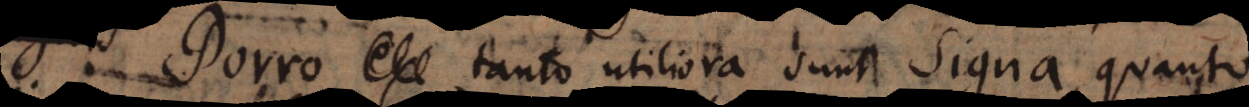
Porro tanto utiliora sunt signa, quanto